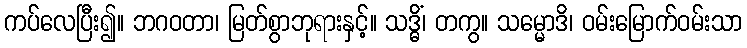
ကပ်လေပြီး၍။ ဘဂဝတာ၊ မြတ်စွာဘုရားနှင့်။ သဒ္ဓိံ၊ တကွ။ သမ္မောဒိ၊ ဝမ်းမြောက်ဝမ်းသာ